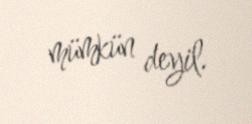
mümkün deyil.